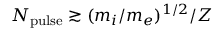
N _ { \mathrm { p u l s e } } \gtrsim ( m _ { i } / m _ { e } ) ^ { 1 / 2 } / Z